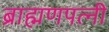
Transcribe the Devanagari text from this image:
ब्राह्मणपत्नी